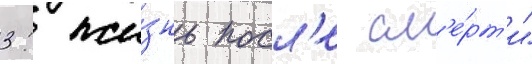
3: жи́знь посл'е см'е́рт'и"